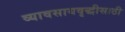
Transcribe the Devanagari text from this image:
व्यावसायवृद्धीसाठी